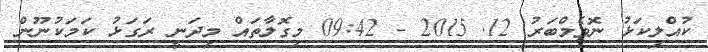
ކުއްލިކަޅު ނޮވެމްބަރު 12